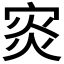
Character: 𡨼